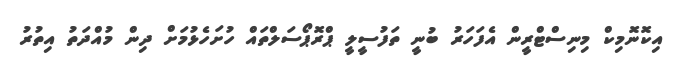
އިކޮނޮމިކް މިނިސްޓްރީން އެފަހަރު ބުނީ ތަފުސީލީ ޕްރޮޕޯސަލްތައް ހުށަހެޅުމަށް ދިން މުއްދަތު އިތުރު